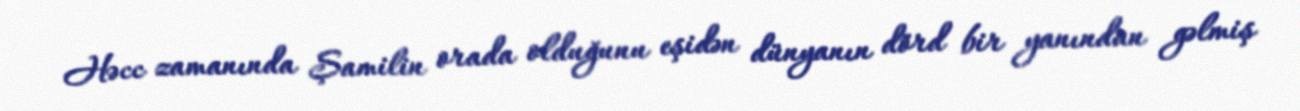
Həcc zamanında Şamilin orada olduğunu eşidən dünyanın dörd bir yanından gəlmiş